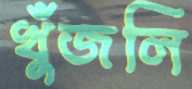
খুঁজলি